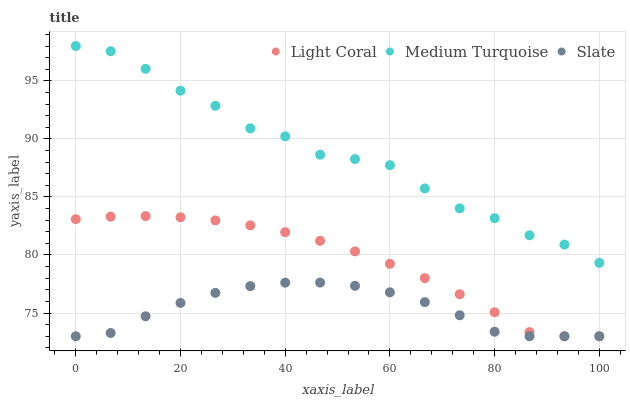
| xaxis_label | Light Coral | Medium Turquoise | Slate |
 | --- | --- | --- | --- |
 | 0 | 83.1 | 98 | 73 |
 | 6.67 | 83.3 | 97.5 | 73.3 |
 | 13.3 | 83.4 | 96 | 74.7 |
 | 20 | 83.2 | 94.2 | 75.9 |
 | 26.7 | 83 | 92.9 | 76.7 |
 | 33.3 | 82.6 | 90.9 | 77.3 |
 | 40 | 82 | 90.2 | 77.6 |
 | 46.7 | 81.2 | 88.6 | 77.6 |
 | 53.3 | 80.3 | 88.3 | 77.3 |
 | 60 | 79.2 | 87.7 | 76.8 |
 | 66.7 | 78 | 85.7 | 75.9 |
 | 73.3 | 76.6 | 84 | 74.8 |
 | 80 | 75.1 | 83.2 | 73.4 |
 | 86.7 | 73.4 | 81.7 | 73 |
 | 93.3 | 73 | 80.9 | 73 |
 | 100 | 73 | 79.3 | 73 |